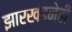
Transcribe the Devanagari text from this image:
झारखंडनेही